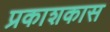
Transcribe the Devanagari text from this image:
प्रकाशकास